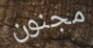
مجنون